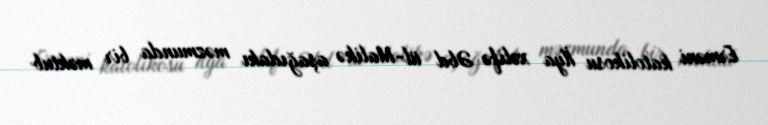
Erməni katolikosu İlya xəlifə Əbd ül-Malikə aşağıdakı məzmunda bir məktub